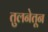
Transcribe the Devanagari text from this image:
तुलनेतून